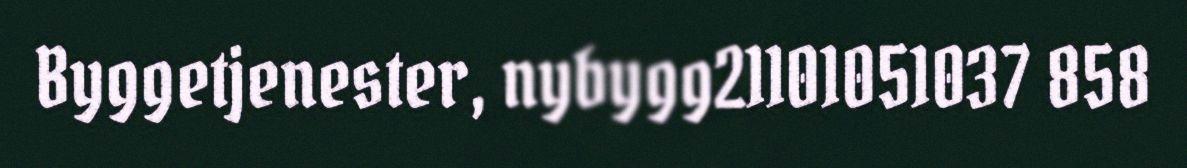
Byggetjenester, nybygg21101051037 858